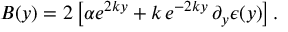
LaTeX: B ( y ) = 2 \left[ \alpha e ^ { 2 k y } + k \, e ^ { - 2 k y } \, \partial _ { y } \epsilon ( y ) \right] .